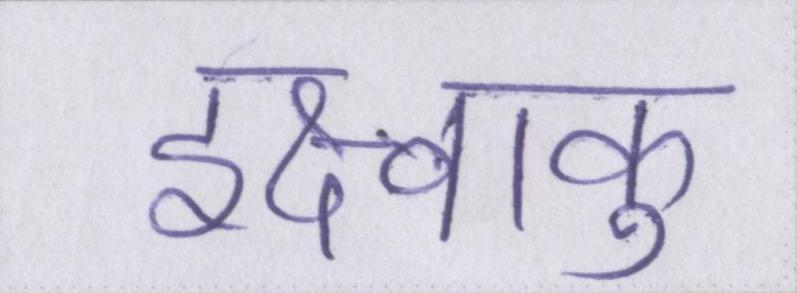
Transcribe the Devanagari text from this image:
इक्ष्वाकु